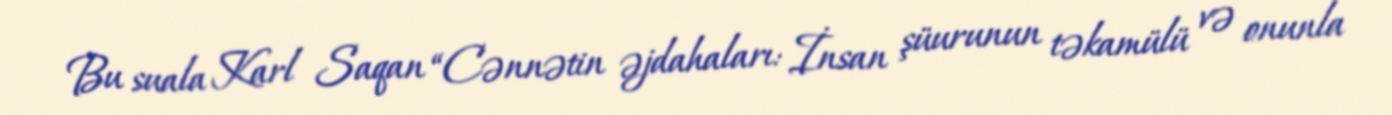
Bu suala Karl Saqan “Cənnətin əjdahaları: İnsan şüurunun təkamülü və onunla